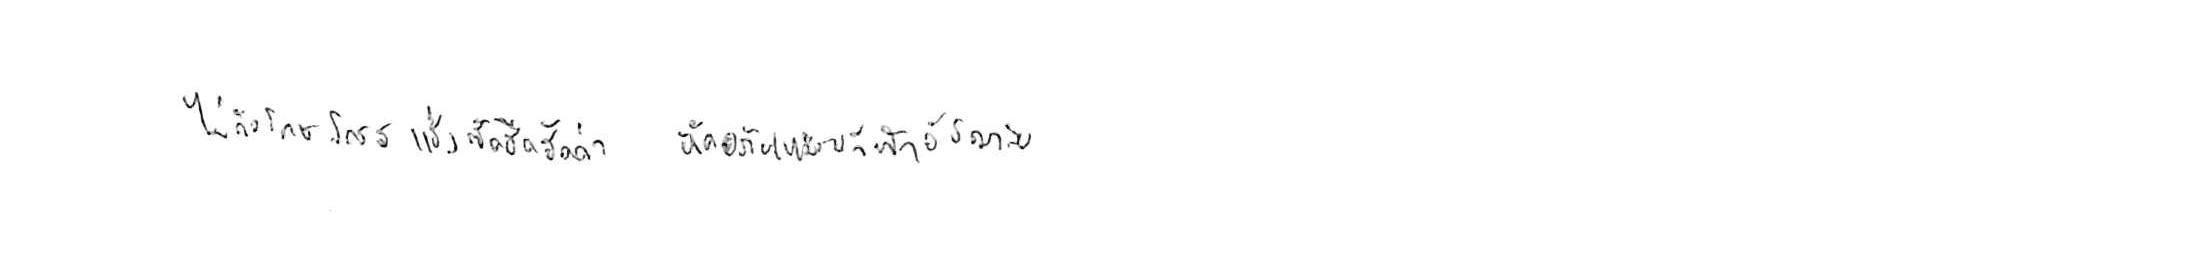
ไม่ถือโทษโกรธแช่งซัดฮึดฮัดด่า หัดอภัยเหมือนกีฬาอัชฌาสัย